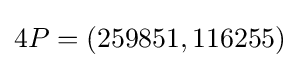
4P=(259851,116255)